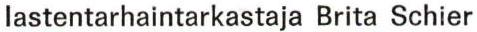
lastentarhaintarkastaja Brita Schier